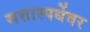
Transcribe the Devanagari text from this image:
सत्तास्पर्धेवर